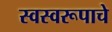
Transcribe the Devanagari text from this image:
स्वस्वरूपाचे